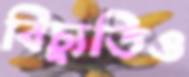
বিচ্যুতিও